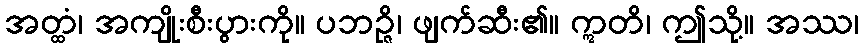
အတ္ထံ၊ အကျိုးစီးပွားကို။ ပဘဉ္ဇိ၊ ဖျက်ဆီး၏။ ဣတိ၊ ဤသို့။ အဿ၊